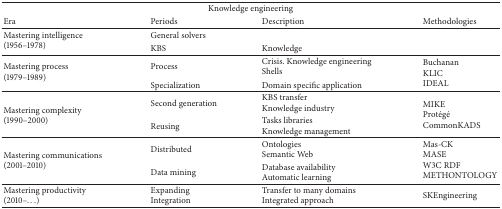
| <COLSPAN=4> Knowledge engineering |
 | Era | Periods | Description | Methodologies |
 | --- | --- | --- | --- |
 | <ROWSPAN=2> Mastering intelligence(1956–1978) | General solvers |  | <ROWSPAN=2>  |
 | KBS | Knowledge |
 | <ROWSPAN=2> Mastering process(1979–1989) | Process | Crisis. Knowledge engineering Shells | <ROWSPAN=2> Buchanan KLIC IDEAL |
 | Specialization | Domain specific application |
 | <ROWSPAN=2> Mastering complexity(1990–2000) | Second generation | KBS transfer Knowledge industry | <ROWSPAN=2> MIKE Protégé CommonKADS |
 | Reusing | Tasks libraries Knowledge management |
 | <ROWSPAN=2> Mastering communications (2001–2010) | Distributed | Ontologies Semantic Web | <ROWSPAN=2> Mas-CK MASE W3C RDF METHONTOLOGY |
 | Data mining | Database availability Automatic learning |
 | Mastering productivity (2010–...) | Expanding Integration | Transfer to many domains Integrated approach | SKEngineering |